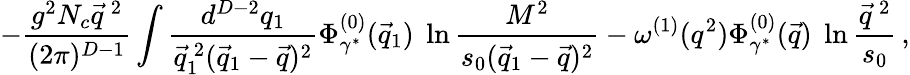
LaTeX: -\frac{g^{2}N_{c}\vec{q}^{~2}}{(2\pi)^{D-1}}\int\frac{d^{D-2}q_{1}}{\vec{q}_{1}^{~2}(\vec{q}_{1}-\vec{q})^{2}}\Phi_{\gamma^{*}}^{(0)}(\vec{q}_{1})\; \ln\frac{M^{2}}{s_{0}(\vec{q}_{1}-\vec{q})^{2}}-\omega^{(1)}(q^{2})\Phi_{\gamma^{*}}^{(0)}(\vec{q})\; \ln\frac{\vec{q}^{~2}}{s_{0}}\, ,